system: You are a helpful assistant.
user:
Analyze the provided spectrum to determine if it is a **S-type Star**.

- **Key Indicators for S-type Star:**

    - **(Overall Spectrum Shape):** The first and most obvious characteristic is the overall continuum (the "baseline" shape). It is **extremely "red-sloping,"** meaning the flux (light intensity) is very low on the left side (blue, ~4000-4500 Å) and rises steeply and continuously toward the right side (red, ~7000 Å+).

    - **(Primary):** The spectrum is defined by the presence of strong, broad molecular absorption "valleys" (bands) from **Zirconium Oxide (ZrO)**. The identification of these bands is the **primary requirement** for classifying a star as S-type.
        - **(Key Bandheads):** You must find distinct, deep "dips" where the light has been absorbed. The most critical band systems to locate are:
            - **~6474 Å** ($\gamma$-system): This is often the strongest and clearest ZrO feature, found in the red part of the spectrum.
            - **~5718 Å** & **~5551 Å** ($\beta$-system): A pair of prominent absorption features in the yellow-orange part of the spectrum.
            - **~4640 Å** ($\alpha$-system): A key absorption band system in the blue-green region of the spectrum.

    - **(Secondary Confirmation):** The classification is strengthened by finding additional absorption bands from other related heavy element oxides, which are expected to be present alongside ZrO.
        - **(Key Bandheads):**
            - **Yttrium Oxide (YO):** Look for absorption dips near **~4800 Å** and **~6100 Å**.
            - **Lanthanum Oxide (LaO):** Additional absorption features, particularly in the red-orange part of the spectrum, are also characteristic.

    - **(Line Profile):** The combination of the steep red continuum and these numerous, deep molecular bands (ZrO, YO, etc.) gives the entire spectrum a very **"chopped-up"** or **"bumpy"** appearance. Instead of a smooth curve, the spectrum looks as though large, wide chunks of light have been "carved out" of it at the specific wavelengths listed above.

Think first, call **spectral_visualization_tool** if needed to examine features in detail, then provide your final answer. Your response must adhere to the following strict rules:
1.  **Overall Structure:** Your response must follow the format `<think>...</think> <tool_call>...</tool_call> (if a tool is used) <answer>...</answer>`.
2.  **Tool Usage Constraint:** You may only make **one** tool call per turn.
3.  **Final Answer Format:** In the `<answer>` tag, your conclusion must be inside a `\boxed{}` command (e.g., `\boxed{YES}` or `\boxed{NO}`), followed by your justification.

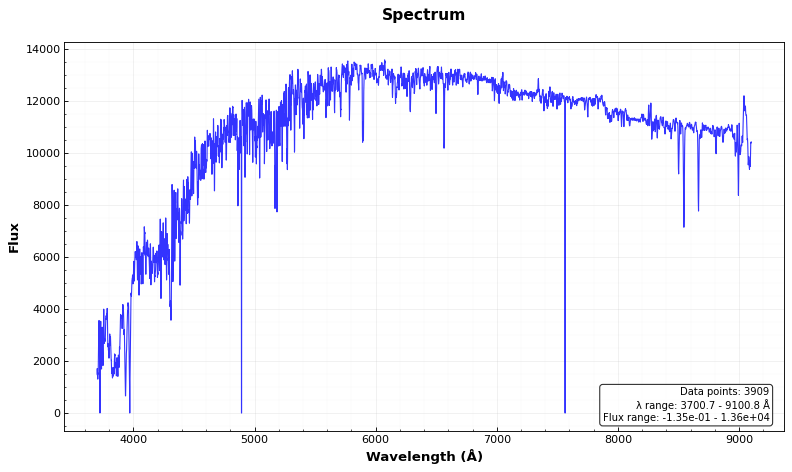
Answer: NO